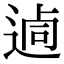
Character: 𨔖